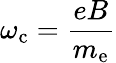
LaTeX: \omega_{\mathrm{c}}=\frac{eB}{m_{\mathrm{e}}}